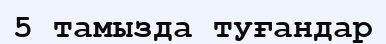
5 тамызда туғандар